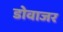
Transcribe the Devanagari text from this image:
डोवाजर